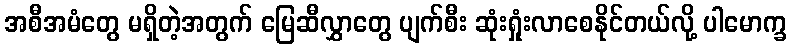
အစီအမံတွေ မရှိတဲ့အတွက် မြေဆီလွှာတွေ ပျက်စီး ဆုံးရှုံးလာစေနိုင်တယ်လို့ ပါမောက္ခ